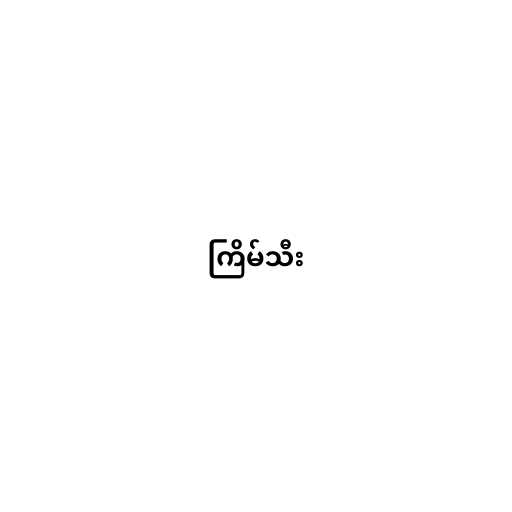
ကြိမ်သီး